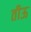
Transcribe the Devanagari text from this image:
तीऊ